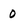
Character: 0